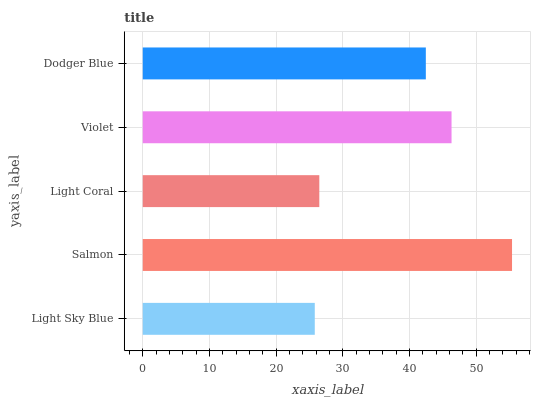
| yaxis_label | bars |
 | --- | --- |
 | Light Sky Blue | 25.8 |
 | Salmon | 55.4 |
 | Light Coral | 26.5 |
 | Violet | 46.3 |
 | Dodger Blue | 42.4 |